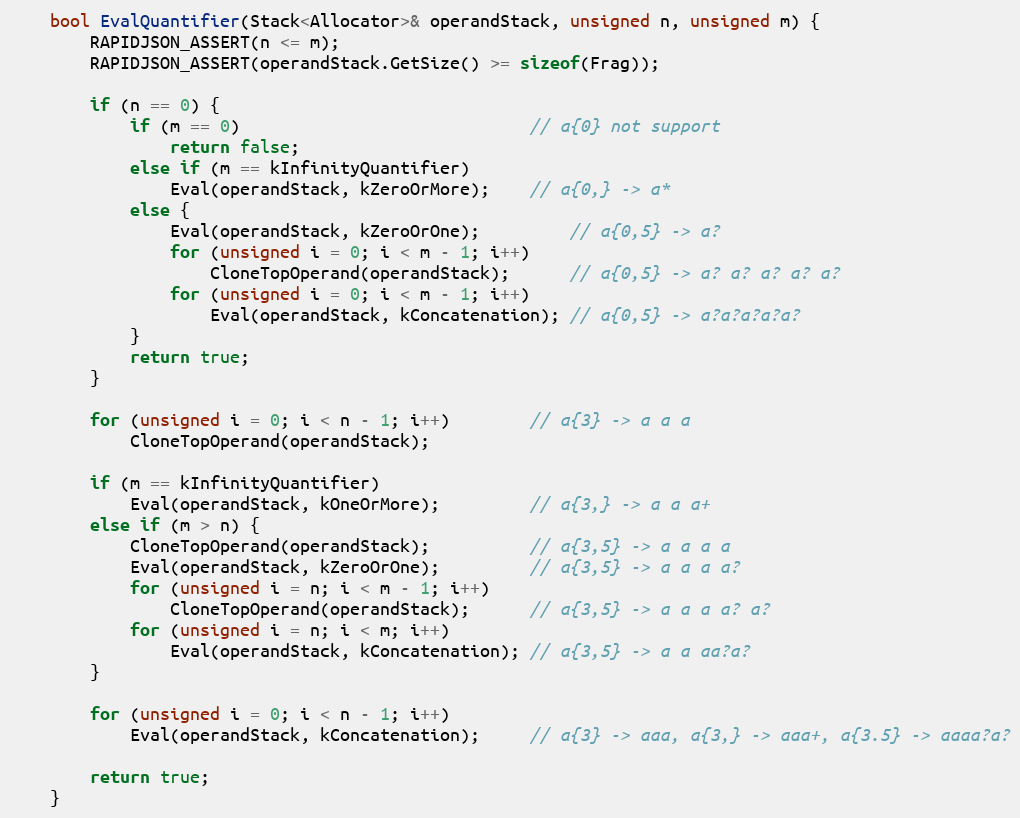
Language: C
    bool EvalQuantifier(Stack<Allocator>& operandStack, unsigned n, unsigned m) {
        RAPIDJSON_ASSERT(n <= m);
        RAPIDJSON_ASSERT(operandStack.GetSize() >= sizeof(Frag));

        if (n == 0) {
            if (m == 0)                             // a{0} not support
                return false;
            else if (m == kInfinityQuantifier)
                Eval(operandStack, kZeroOrMore);    // a{0,} -> a*
            else {
                Eval(operandStack, kZeroOrOne);         // a{0,5} -> a?
                for (unsigned i = 0; i < m - 1; i++)
                    CloneTopOperand(operandStack);      // a{0,5} -> a? a? a? a? a?
                for (unsigned i = 0; i < m - 1; i++)
                    Eval(operandStack, kConcatenation); // a{0,5} -> a?a?a?a?a?
            }
            return true;
        }

        for (unsigned i = 0; i < n - 1; i++)        // a{3} -> a a a
            CloneTopOperand(operandStack);

        if (m == kInfinityQuantifier)
            Eval(operandStack, kOneOrMore);         // a{3,} -> a a a+
        else if (m > n) {
            CloneTopOperand(operandStack);          // a{3,5} -> a a a a
            Eval(operandStack, kZeroOrOne);         // a{3,5} -> a a a a?
            for (unsigned i = n; i < m - 1; i++)
                CloneTopOperand(operandStack);      // a{3,5} -> a a a a? a?
            for (unsigned i = n; i < m; i++)
                Eval(operandStack, kConcatenation); // a{3,5} -> a a aa?a?
        }

        for (unsigned i = 0; i < n - 1; i++)
            Eval(operandStack, kConcatenation);     // a{3} -> aaa, a{3,} -> aaa+, a{3.5} -> aaaa?a?

        return true;
    }